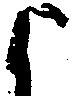
よ